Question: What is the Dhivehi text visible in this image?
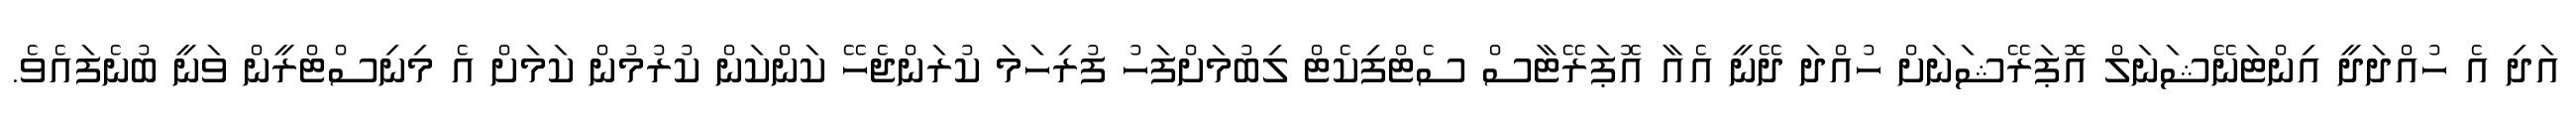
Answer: އަދި އެ ހުއްދަދީ އިންޓަނޭޝަނަލް އޮޕަރޭޝަނަށް ހުއްދަ ދޭނީ އެއާ އޮޕަރޭޓާސް ސެޓްފިކެޓް ލިބުމަށްފަހު ފުރިހަމަ ކުރަންޖެހޭ ކަންކަން ކުރުމުން ކަމަށް އެ މިނިސްޓްރީން ވަނީ ބުނެފައެވެ.